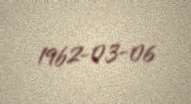
1962-03-06